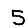
Digit: 5